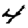
Digit: 4